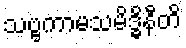
သဗ္ဗကာမသမိဒ္ဓိနီတိ